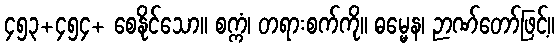
၄၅၃+၄၅၄+ စေနိုင်သော။ စက္ကံ၊ တရားစက်ကို။ ဓမ္မေန၊ ဉာဏ်တော်ဖြင့်။